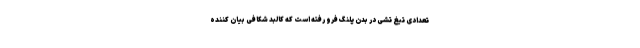
تعدادی تیغ تشی در بدن پلنگ فرو رفته است که کالبد شکافی بیان کننده